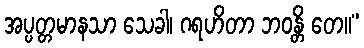
အပ္ပတ္တမာနသာ သေခါ၊ ဂရဟိတာ ဘဝန္တိ တေ။”